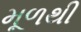
મૂળથી